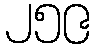
၂၅၉